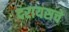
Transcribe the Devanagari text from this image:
दरायसचे